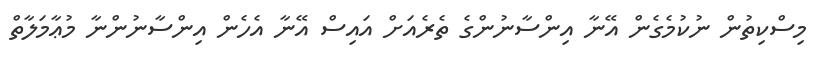
މިސްކިތުން ނުކުމެގެން އޭނާ އިންސާނުންގެ ތެރެއަށް އައިސް އޭނާ އެހެން އިންސާނުންނާ މުޢާމަލާތް